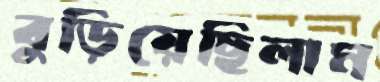
বুড়িয়েছিলাম